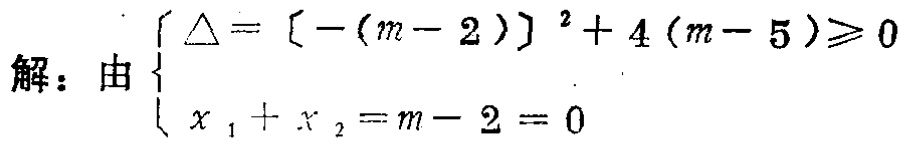
解：由$\begin{cases}\triangle =[-(m - 2)]^{2}+4(m - 5)\geqslant0\\x_{1}+x_{2}=m - 2 = 0\end{cases}$